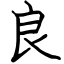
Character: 良